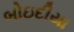
બોઇદીયા